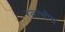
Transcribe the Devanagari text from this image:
रत्नांचीच